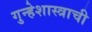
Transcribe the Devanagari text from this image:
गुन्हेशास्त्राची